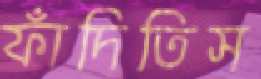
ফাঁদিতিস